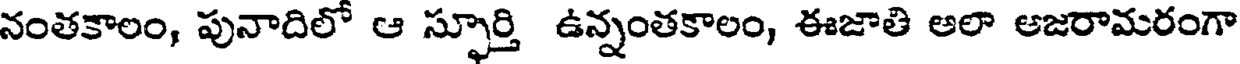
నంతకాలం, పునాదిలో ఆ స్ఫూర్తి ఉన్నంతకాలం, ఈజాతి అలా అజరామరంగా